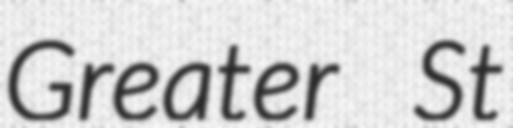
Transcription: Greater St